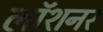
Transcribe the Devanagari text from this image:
लॉशनर